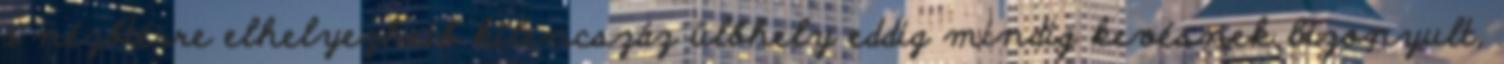
a nézőtérre elhelyezhető kilencszáz ülőhely eddig mindig kevésnek bizonyult,